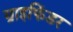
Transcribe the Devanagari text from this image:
ग्राइफिंडर